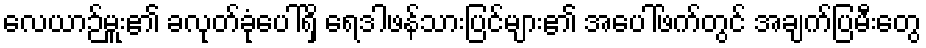
လေယာဉ်မှူး၏ ခလုတ်ခုံပေါ်ရှိ ရေဒါဖန်သားပြင်များ၏ အပေါ်ဖက်တွင် အချက်ပြမီးတွေ